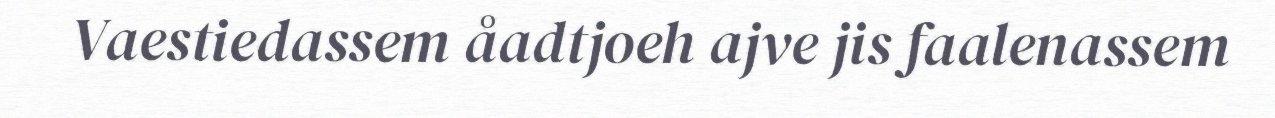
Vaestiedassem åadtjoeh ajve jis faalenassem